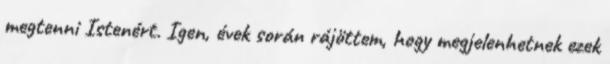
megtenni Istenért. Igen, évek során rájöttem, hogy megjelenhetnek ezek